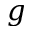
g